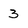
Character: 3